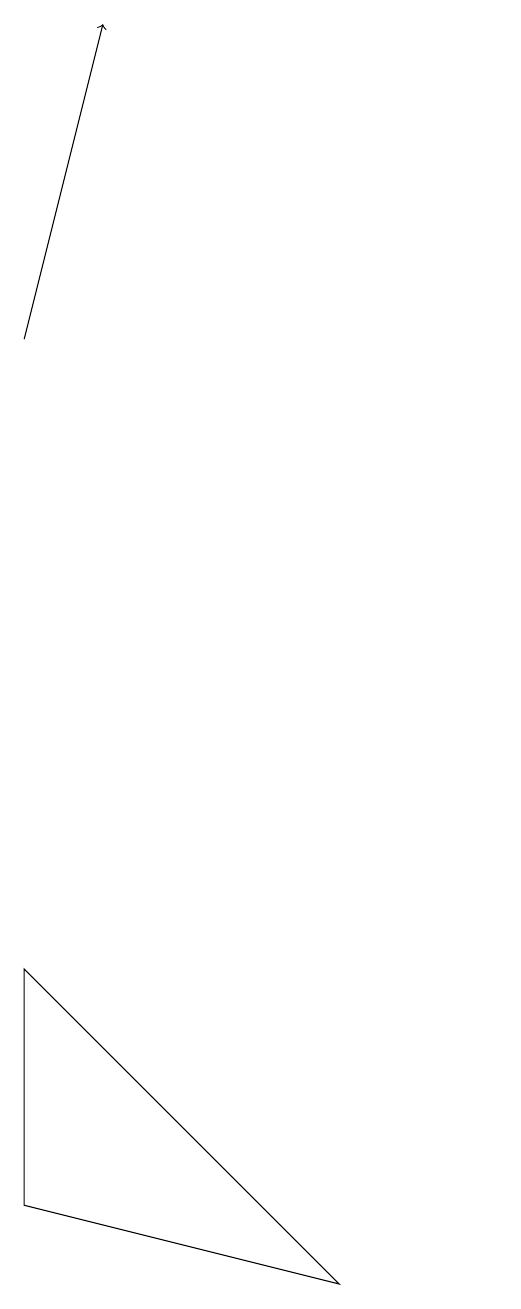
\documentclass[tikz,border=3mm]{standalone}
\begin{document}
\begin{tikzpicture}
\draw (4,3) -- (8,2) -- (4,6) -- cycle;
\draw (10,11) circle (0);
\draw[->] (4,14) -- (5,18);
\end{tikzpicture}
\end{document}